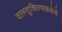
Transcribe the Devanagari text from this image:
वास्तुशिल्पकलेचे